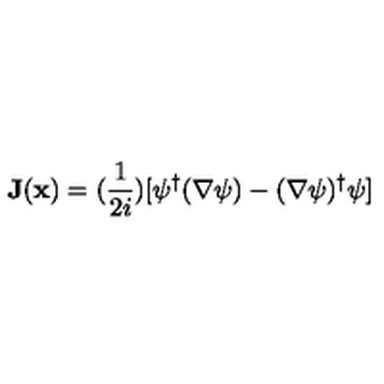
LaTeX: { \bf { J } } ( { \bf { x } } ) = ( \frac { 1 } { 2 i } ) [ \psi ^ { \dagger } ( \nabla \psi ) - ( \nabla \psi ) ^ { \dagger } \psi ]